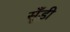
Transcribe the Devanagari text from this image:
सूँड़ी